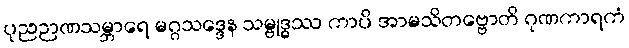
ပုညဉာဏသမ္ဘာရေ မဂ္ဂသဒ္ဒေန သမ္ဗုဒ္ဓဿ ကာပိ အာမသိတဗ္ဗောတိ ဂုဏကာရကံ